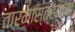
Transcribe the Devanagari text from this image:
तारमास्तराच्या